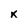
Character: K